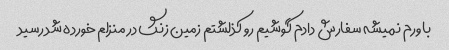
باورم نمیشه سفارش دادم گوشیم رو کذلشتم زمین زنگ در منزلم خورده شد رسید